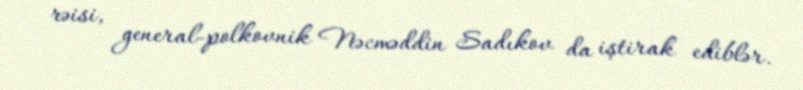
rəisi, general-polkovnik Nəcməddin Sadıkov da iştirak ediblər.